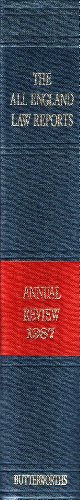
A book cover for The All England Law Reports 1987: Annual Review (The all England law reports annual review); Law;